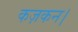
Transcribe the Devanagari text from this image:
कज़कन।